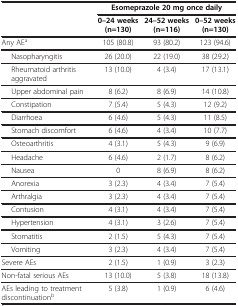
<table><thead><tr><td rowspan="2"><b> </b></td><td colspan="3"><b>Esomeprazole 20 mg once daily</b></td></tr><tr><td><b>0–24 weeks (n=130)</b></td><td><b>24–52 weeks (n=116)</b></td><td><b>0–52 weeks (n=130)</b></td></tr></thead><tbody><tr><td>Any AE<sup>a</sup></td><td>105 (80.8)</td><td>93 (80.2)</td><td>123 (94.6)</td></tr><tr><td>Nasopharyngitis</td><td>26 (20.0)</td><td>22 (19.0)</td><td>38 (29.2)</td></tr><tr><td>Rheumatoid arthritis aggravated</td><td>13 (10.0)</td><td>4 (3.4)</td><td>17 (13.1)</td></tr><tr><td>Upper abdominal pain</td><td>8 (6.2)</td><td>8 (6.9)</td><td>14 (10.8)</td></tr><tr><td>Constipation</td><td>7 (5.4)</td><td>5 (4.3)</td><td>12 (9.2)</td></tr><tr><td>Diarrhoea</td><td>6 (4.6)</td><td>5 (4.3)</td><td>11 (8.5)</td></tr><tr><td>Stomach discomfort</td><td>6 (4.6)</td><td>4 (3.4)</td><td>10 (7.7)</td></tr><tr><td>Osteoarthritis</td><td>4 (3.1)</td><td>5 (4.3)</td><td>9 (6.9)</td></tr><tr><td>Headache</td><td>6 (4.6)</td><td>2 (1.7)</td><td>8 (6.2)</td></tr><tr><td>Nausea</td><td>0</td><td>8 (6.9)</td><td>8 (6.2)</td></tr><tr><td>Anorexia</td><td>3 (2.3)</td><td>4 (3.4)</td><td>7 (5.4)</td></tr><tr><td>Arthralgia</td><td>3 (2.3)</td><td>4 (3.4)</td><td>7 (5.4)</td></tr><tr><td>Contusion</td><td>4 (3.1)</td><td>4 (3.4)</td><td>7 (5.4)</td></tr><tr><td>Hypertension</td><td>4 (3.1)</td><td>3 (2.6)</td><td>7 (5.4)</td></tr><tr><td>Stomatitis</td><td>2 (1.5)</td><td>5 (4.3)</td><td>7 (5.4)</td></tr><tr><td>Vomiting</td><td>3 (2.3)</td><td>4 (3.4)</td><td>7 (5.4)</td></tr><tr><td>Severe AEs</td><td>2 (1.5)</td><td>1 (0.9)</td><td>3 (2.3)</td></tr><tr><td>Non-fatal serious AEs</td><td>13 (10.0)</td><td>5 (3.8)</td><td>18 (13.8)</td></tr><tr><td>AEs leading to treatment discontinuation<sup>b</sup></td><td>5 (3.8)</td><td>1 (0.9)</td><td>6 (4.6)</td></tr></tbody></table>